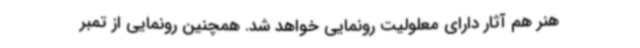
هنر هم آثار دارای معلولیت رونمایی خواهد شد. همچنین رونمایی از تمبر